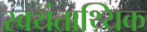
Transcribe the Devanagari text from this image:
स्वयंताथ्यिक